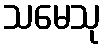
သမေသု